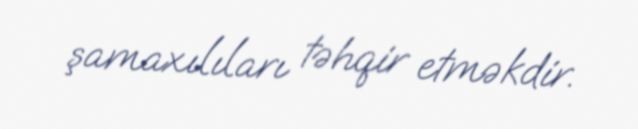
şamaxılıları təhqir etməkdir.